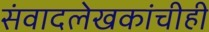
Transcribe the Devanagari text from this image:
संवादलेखकांचीही